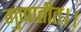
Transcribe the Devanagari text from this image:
गुणातीत।।